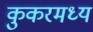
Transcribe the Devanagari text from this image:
कुकरमध्य